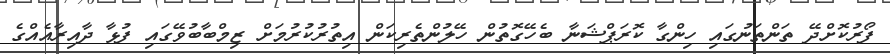
ފޯރުކޮށްދޭ ތަންތަނުގައި ހިންގާ ކޮރަޕްޝަނާ ބެހޭގޮތުން ހޭލުންތެރިކަން އިތުރުކުރުމަށް ޒިމްބާބުވޭގައި ފުޅާ ދާއިރާއެއްގެ